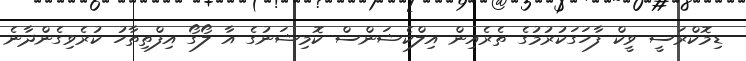
ޑިމޮކްރަސީ ވީކް ފާހަގަކުރުމުގެ ތެރެއިން އިލްކެޝަންސް ކޮމިޝަނުގެ އާ ލޯގޯ އިފްތިތާހު ކުރެވިގެންދާނެ